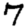
Digit: 7